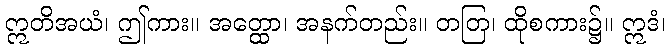
ဣတိအယံ၊ ဤကား။ အတ္ထော၊ အနက်တည်း။ တတြ၊ ထိုစကား၌။ ဣဒံ၊